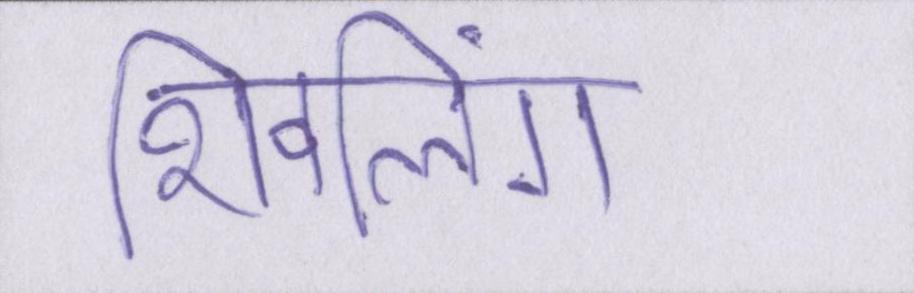
शिवलिंग